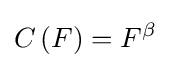
C\left(F\right)=F^{\beta }